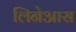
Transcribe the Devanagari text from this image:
लिनेआस